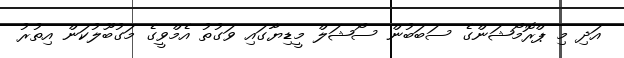
އަދި މި ޕްރޮމޯޝަންގެ ސަބަބުން ސޯޝަލް މީޑިޔާގައި ވަގުތު އެމްވީގެ މަގުބޫލުކަން އިތުރު